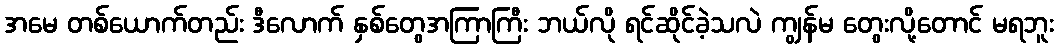
အမေ တစ်ယောက်တည်း ဒီလောက် နှစ်တွေအကြာကြီး ဘယ်လို ရင်ဆိုင်ခဲ့သလဲ ကျွန်မ တွေးလို့တောင် မရဘူး